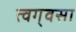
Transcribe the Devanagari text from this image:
त्वग्‌वसा